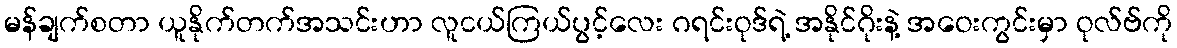
မန်ချက်စတာ ယူနိုက်တက်အသင်းဟာ လူငယ်ကြယ်ပွင့်လေး ဂရင်းဝုဒ်ရဲ့ အနိုင်ဂိုးနဲ့ အဝေးကွင်းမှာ ဝုလ်ဗ်ကို